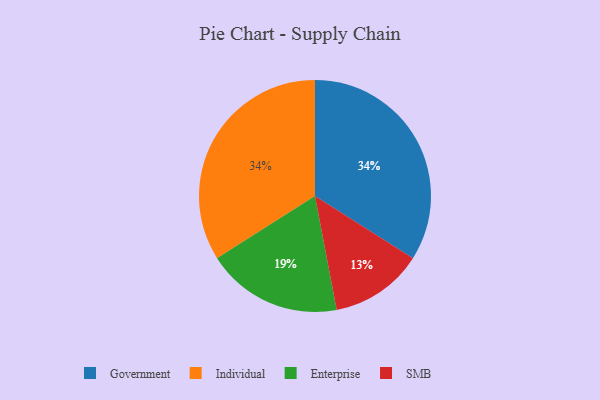
{"axis": {"x": "Category", "y": "Percentage"}, "legend": ["Enterprise", "Government", "Individual", "SMB"], "data": [{"x": "Government", "y": 34, "type": "Government"}, {"x": "SMB", "y": 13, "type": "SMB"}, {"x": "Individual", "y": 34, "type": "Individual"}, {"x": "Enterprise", "y": 19, "type": "Enterprise"}]}